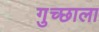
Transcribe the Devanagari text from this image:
गुच्छाला